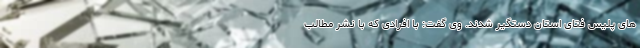
های پلیس فتای استان دستگیر شدند. وی گفت: با افرادی که با نشر مطالب